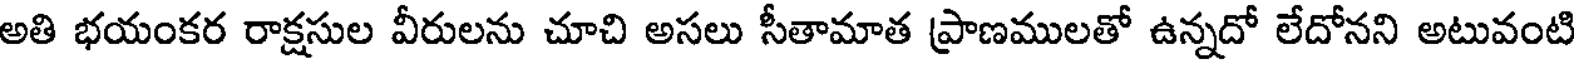
అతి భయంకర రాక్షసుల వీరులను చూచి అసలు సీతామాత ప్రాణములతో ఉన్నదో లేదోనని అటువంటి